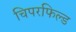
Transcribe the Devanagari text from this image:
चिपरफिल्ड